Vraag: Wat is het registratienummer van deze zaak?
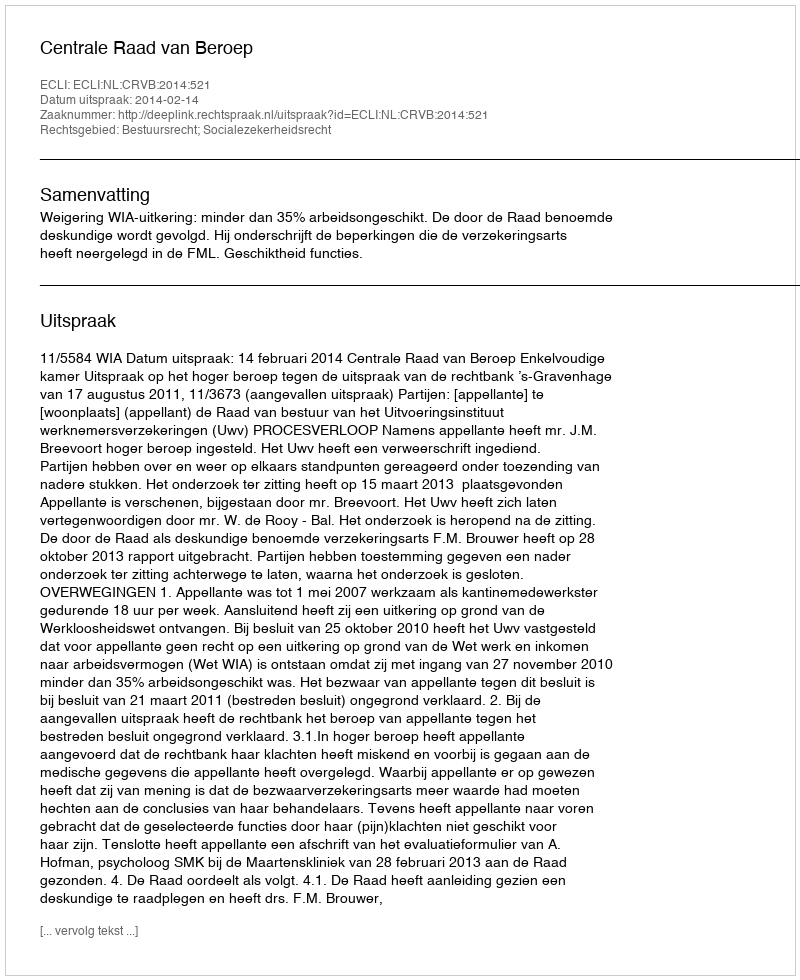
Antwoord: http://deeplink.rechtspraak.nl/uitspraak?id=ECLI:NL:CRVB:2014:521